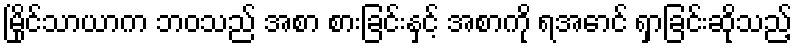
မြိုင်သာယာက ဘဝသည် အစာ စားခြင်းနှင့် အစာကို ရအောင် ရှာခြင်းဆိုသည့်